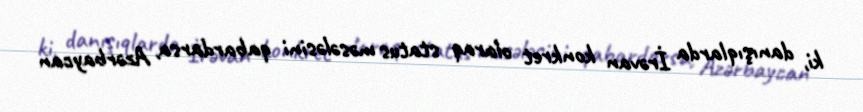
ki, danışıqlarda İrəvan konkret olaraq status məsələsini qabardarsa, Azərbaycan